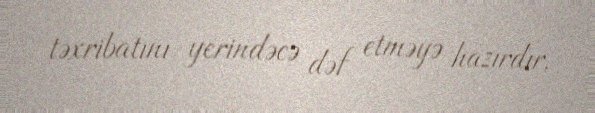
təxribatını yerindəcə dəf etməyə hazırdır.